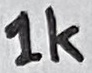
Text: 1K